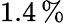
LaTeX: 1.4\, \%